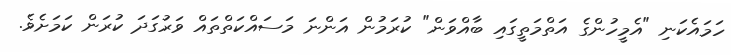
ހަމައެކަނި "އެމީހުންގެ އަތްމަތީގައި ބާއްވަން" ކުރަމުން އަންނަ މަސައްކަތްތައް ވަރުގަދަ ކުރަން ކަމަށެވެ.